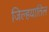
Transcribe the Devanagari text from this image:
जिल्हयातिल